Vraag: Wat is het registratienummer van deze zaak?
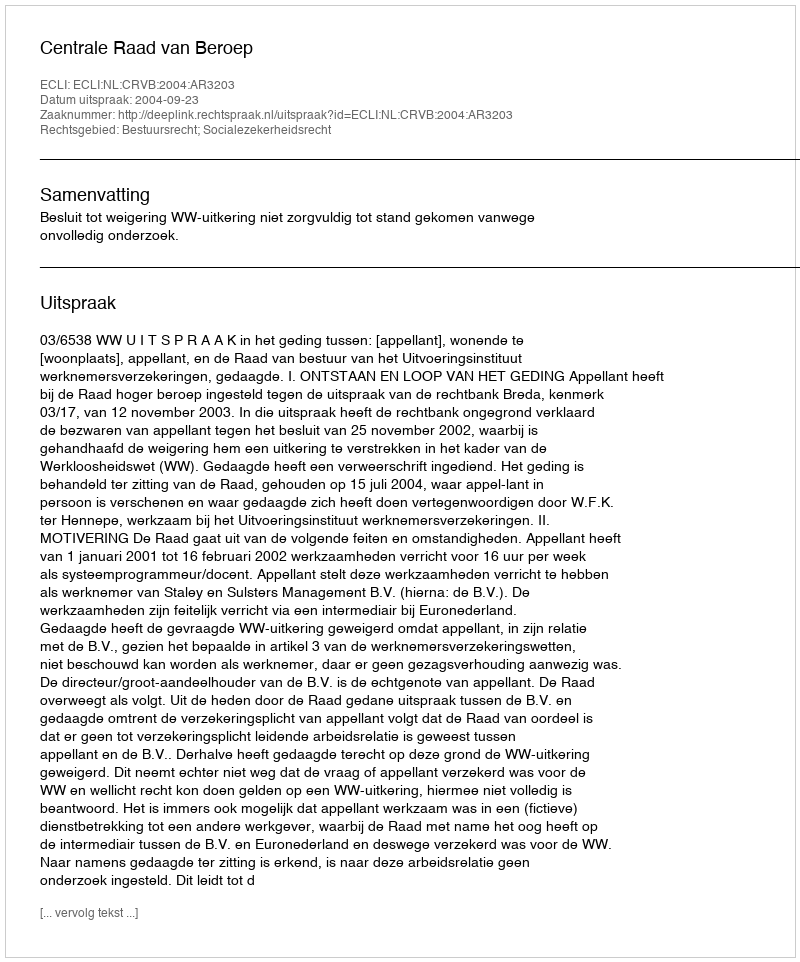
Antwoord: http://deeplink.rechtspraak.nl/uitspraak?id=ECLI:NL:CRVB:2004:AR3203